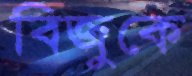
বিজুকে